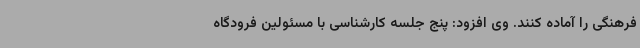
فرهنگی را آماده کنند. وی افزود: پنج جلسه کارشناسی با مسئولین فرودگاه